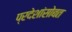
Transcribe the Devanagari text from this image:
प्रदेशांसोबत